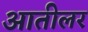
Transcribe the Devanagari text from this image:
आतीलर